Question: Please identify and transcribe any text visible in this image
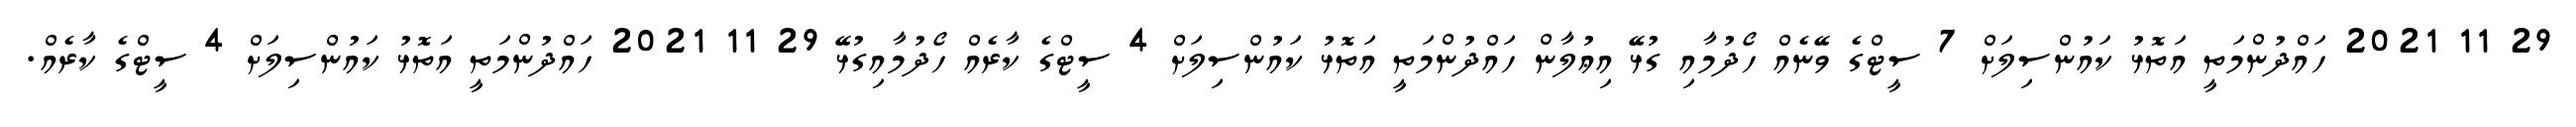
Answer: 29 11 2021 ހައްދުންމަތީ އަތޮޅު ކައުންސިލަށް 7 ސީޓްގެ ވޭނެއް ހޯދުމާއި ގުޅޭ އިޢުލާން ހައްދުންމަތީ އަތޮޅު ކައުންސިލަށް 4 ސީޓްގެ ކާރެއް ހޯދުމާއިގުޅޭ 29 11 2021 ހައްދުންމަތީ އަތޮޅު ކައުންސިލަށް 4 ސީޓްގެ ކާރެއް.